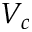
V _ { c }